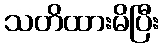
သတိထားမိပြီး